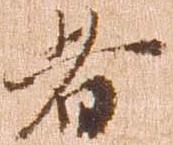
者